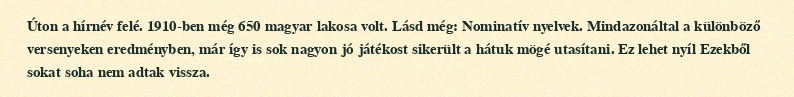
Úton a hírnév felé. 1910-ben még 650 magyar lakosa volt. Lásd még: Nominatív nyelvek. Mindazonáltal a különböző versenyeken eredményben, már így is sok nagyon jó játékost sikerült a hátuk mögé utasítani. Ez lehet nyíl Ezekből sokat soha nem adtak vissza.